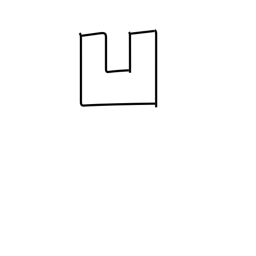
Meaning: sunken